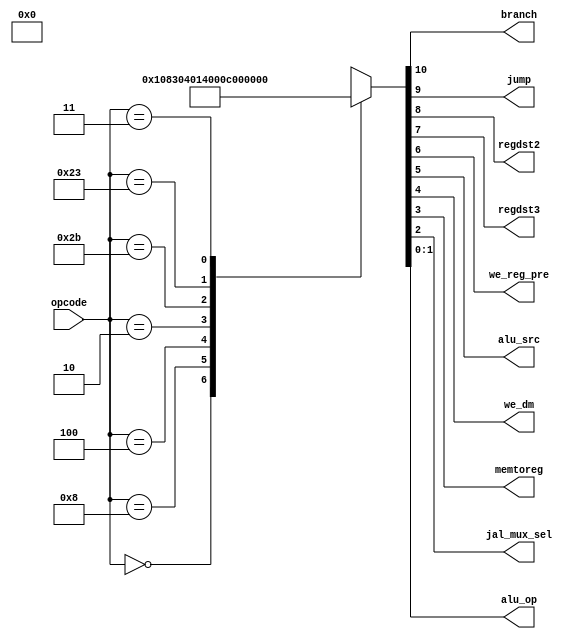
module maindec (
        input  wire [5:0] opcode,
        output wire       branch,
        output wire       jump,
        output wire       regdst2,
        output wire       regdst3,
        output wire       we_reg_pre,
        output wire       alu_src,
        output wire       we_dm,
        output wire       memtoreg,
        output wire       jal_mux_sel,
        output wire [1:0] alu_op
    );

    reg [10:0] ctrl;

    assign {branch, jump, regdst2, regdst3, we_reg_pre, alu_src, we_dm, memtoreg, jal_mux_sel, alu_op} = ctrl;

    always @ (opcode) begin
        case (opcode)
            6'b00_0000: ctrl = 11'b0_0_0_0_1_0_0_0_0_10; // R-type
            6'b00_1000: ctrl = 11'b0_0_0_0_1_1_0_0_0_00; // ADDI
            6'b00_0100: ctrl = 11'b1_0_0_0_0_0_0_0_0_01; // BEQ
            6'b00_0010: ctrl = 11'b0_1_0_0_0_0_0_0_0_00; // J
            6'b10_1011: ctrl = 11'b0_0_0_0_0_1_1_0_0_00; // SW
            6'b10_0011: ctrl = 11'b0_0_0_0_1_1_0_1_0_00; // LW
            
            6'b00_0011: ctrl = 11'b0_1_1_0_1_0_0_0_1_00; // JAL
            default:    ctrl = 11'b0_0_0_0_0_0_0_0_0_xx;
        endcase
    end

endmodule